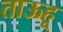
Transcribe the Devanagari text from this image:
ताऊहू